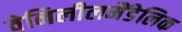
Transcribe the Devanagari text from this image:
वेनिलीलमैंडेलिक